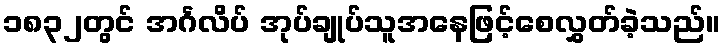
၁၈၃၂တွင် အင်္ဂလိပ် အုပ်ချုပ်သူအနေဖြင့်စေလွှတ်ခဲ့သည်။